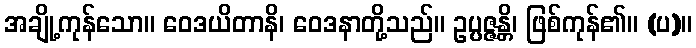
အချို့ကုန်သော။ ဝေဒယိတာနိ၊ ဝေဒနာတို့သည်။ ဥပ္ပဇ္ဇန္တိ၊ ဖြစ်ကုန်၏။ (ပ)။